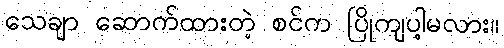
သေချာ ဆောက်ထားတဲ့ စင်က ပြိုကျပါ့မလား။